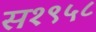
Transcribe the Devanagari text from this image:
स१९५८